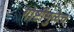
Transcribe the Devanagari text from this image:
गोष्टींमुळेच